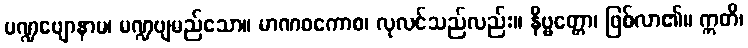
မဏ္ဍဗျောနာမ၊ မဏ္ဍဗျမည်သော။ မာဏဝကောစ၊ လုလင်သည်လည်း။ နိဗ္ဗတ္တော၊ ဖြစ်လာ၏။ ဣတိ၊